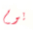
يوم